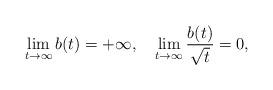
LaTeX: \begin{align*}\lim_{t\rightarrow \infty}b(t)=+\infty, \ \ \ \lim_{t\rightarrow \infty}\frac{b(t)}{\sqrt t}=0,\end{align*}